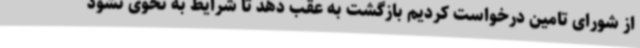
از شورای تامین درخواست کردیم بازگشت به عقب دهد تا شرایط به نحوی نشود